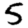
Digit: 5